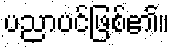
ပညာပင်ဖြစ်၏။